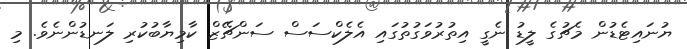
ޔުނައިޓެޑުން މެޗުގެ ލީޑު ނެގީ އިތުރުވަގުތުގައި އެލެކްސަސް ސަންޗޭޒް ކާމިޔާބުކުރި ލަނޑުންނެވެ. މި